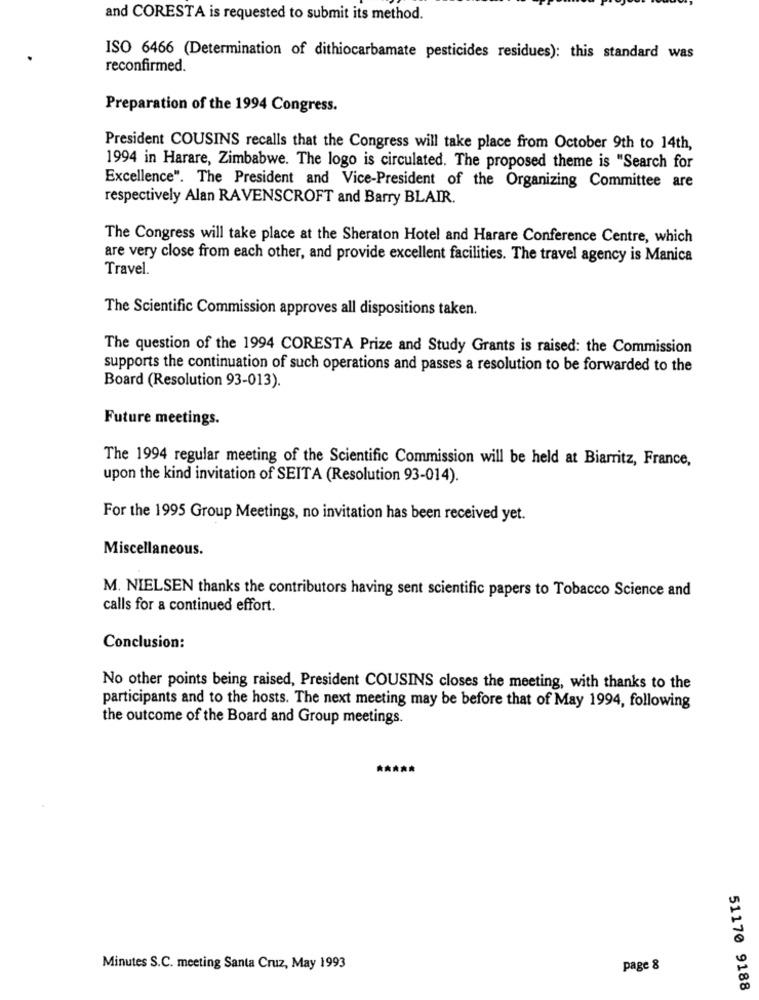
and CORESTA is requested to submit its method.
ISO 6466 (Determination of dithiocarbamate pesticides residues): this standard was
reconfirmed.
Preparation of the 1994 Congress.
President COUSINS recalls that the Congress will take place from October 9th to 14th,
1994 in Harare, Zimbabwe. The logo is circulated. The proposed theme is "Search for
Excellence". The President and Vice-President of the Organizing Committee are
respectively Alan RAVENSCROFT and Barry BLAIR.
The Congress will take place at the Sheraton Hotel and Harare Conference Centre, which
are very close from each other, and provide excellent facilities. The travel agency is Manica
Travel.
The Scientific Commission approves all dispositions taken.
The question of the 1994 CORESTA Prize and Study Grants is raised: the Commission
supports the continuation of such operations and passes a resolution to be forwarded to the
Board (Resolution 93-013).
Future meetings.
The 1994 regular meeting of the Scientific Commission will be held at Biarritz, France,
upon the kind invitation of SEITA (Resolution 93-014).
For the 1995 Group Meetings, no invitation has been received yet.
Miscellaneous.
M. NIELSEN thanks the contributors having sent scientific papers to Tobacco Science and
calls for a continued effort.
Conclusion:
No other points being raised, President COUSINS closes the meeting, with thanks to the
participants and to the hosts. The next meeting may be before that of May 1994, following
the outcome of the Board and Group meetings.
*****
Minutes S.C. meeting Santa Cruz, May 1993
page 8
51170 9188